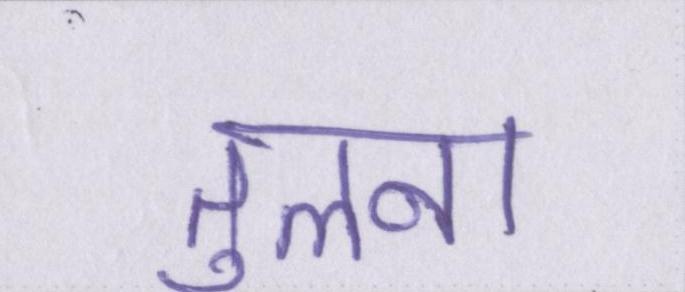
तुलना